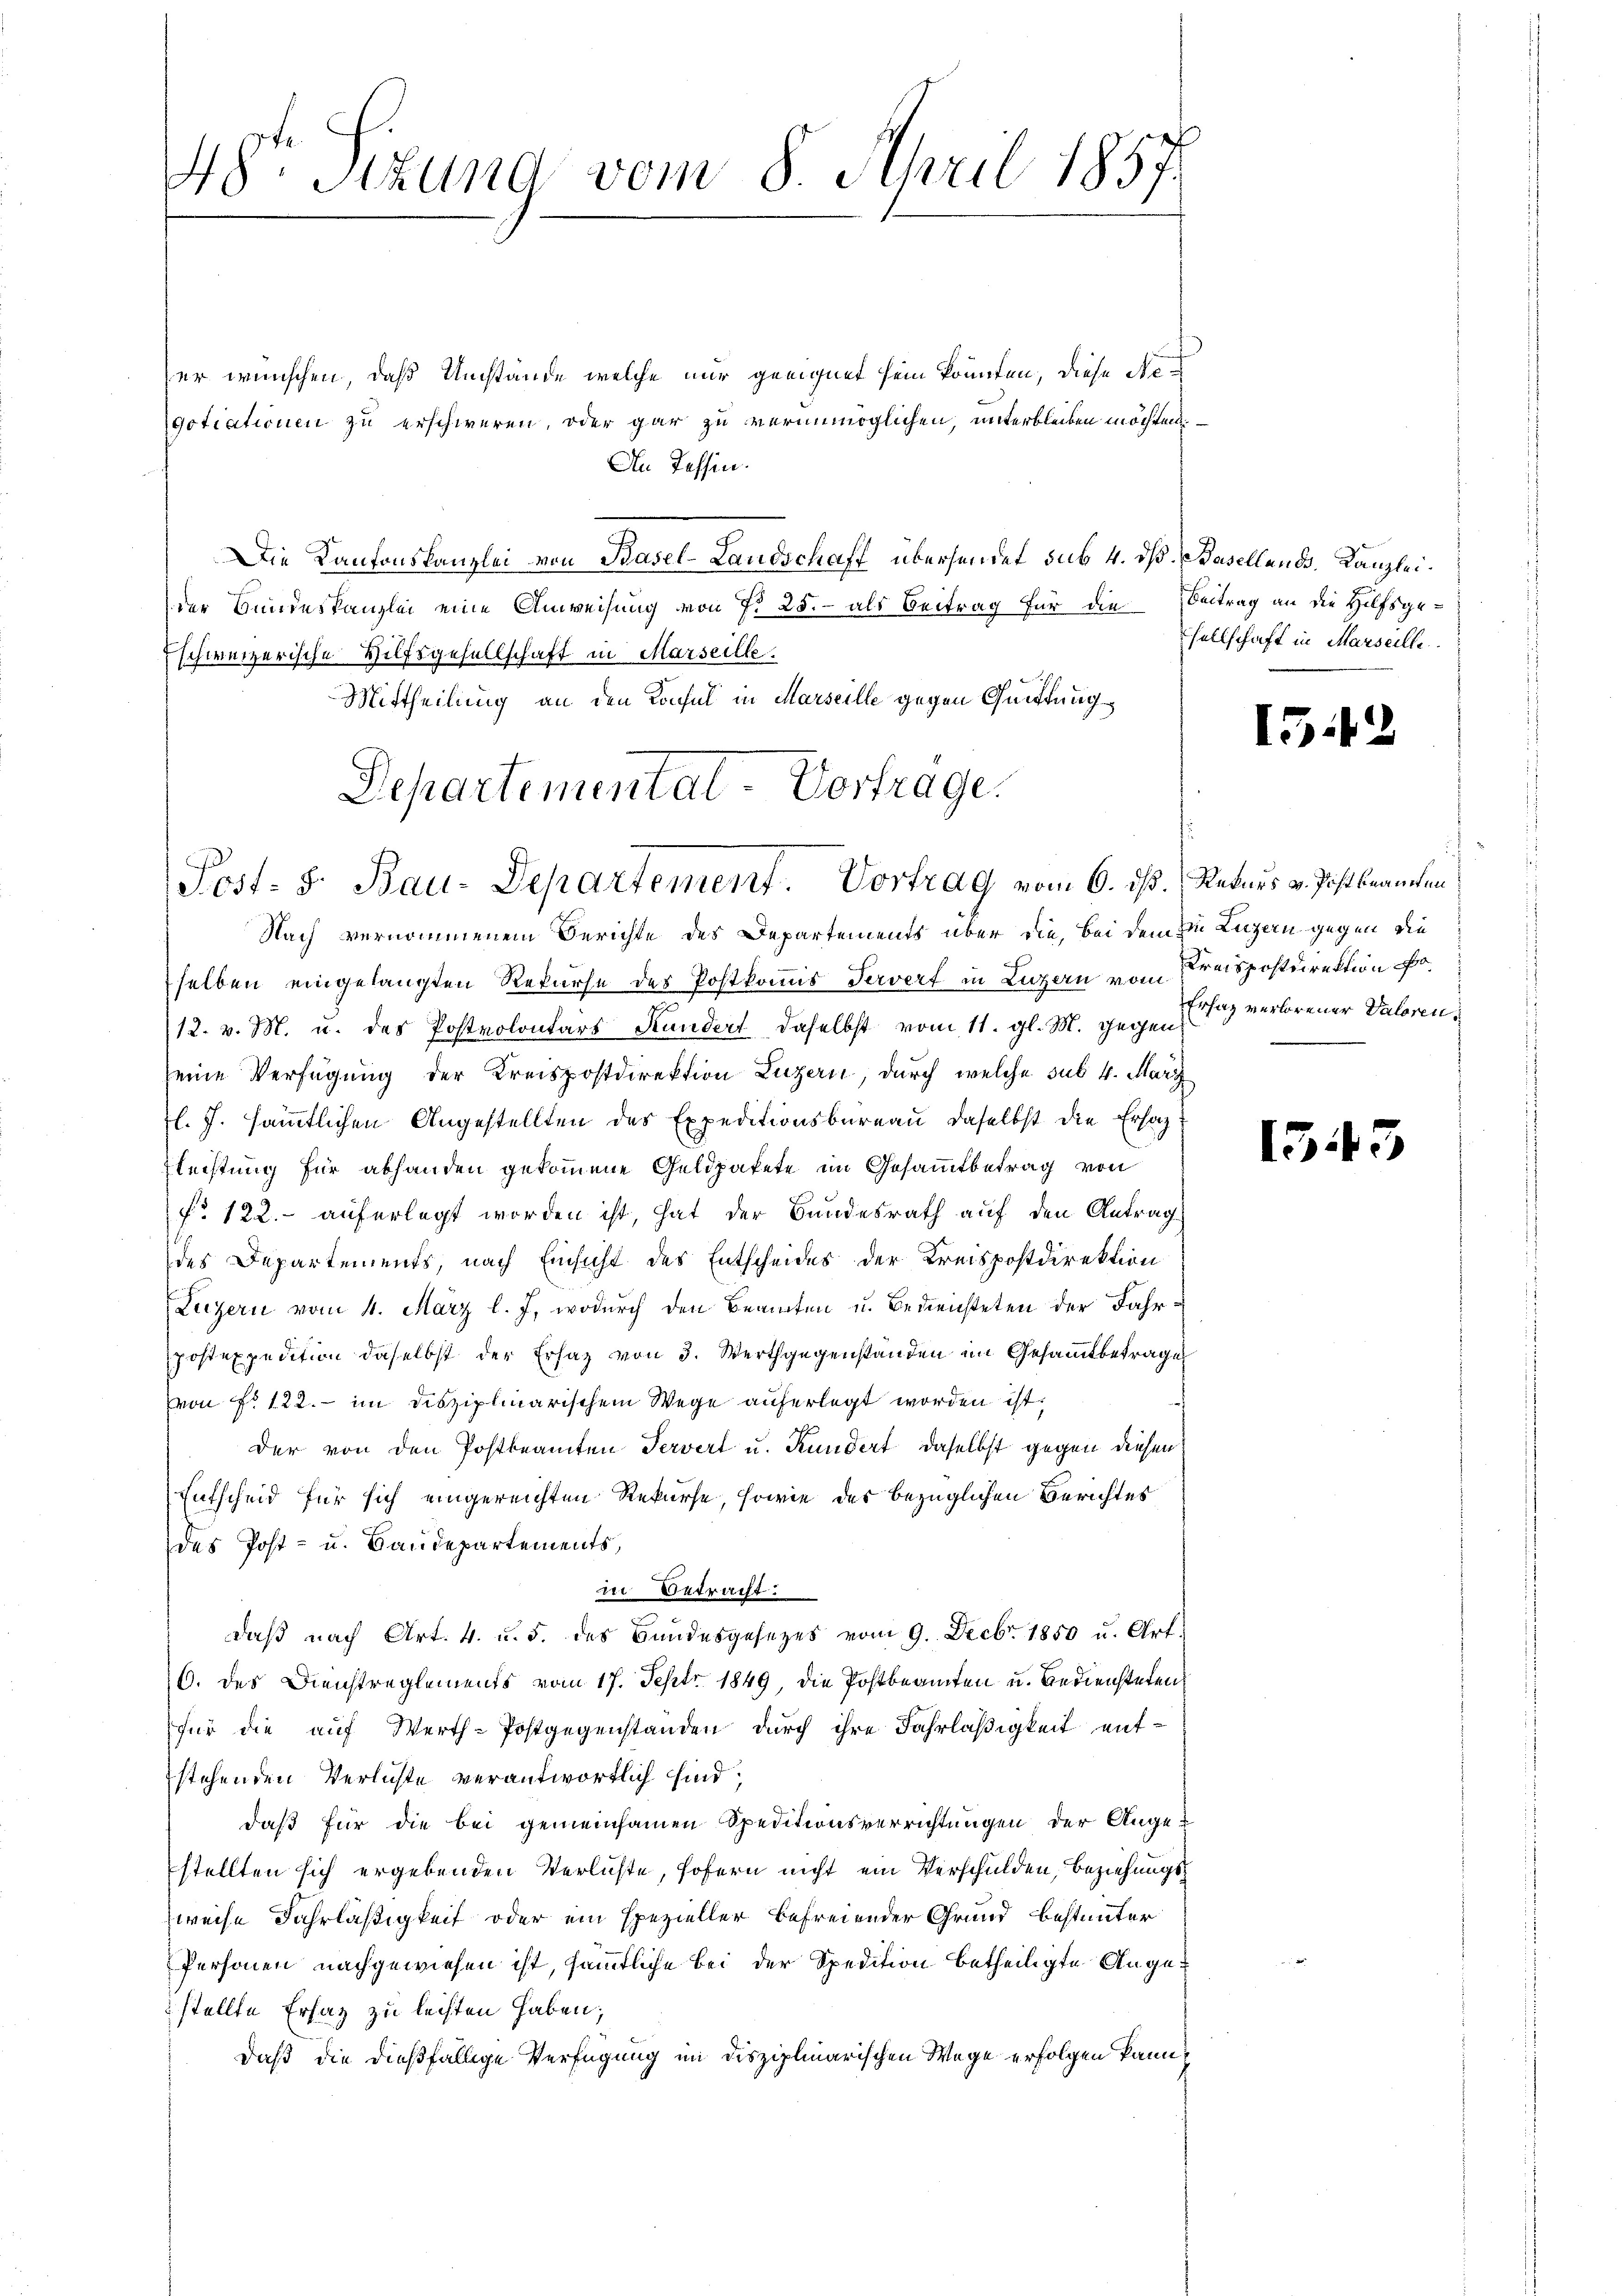
er wünschen, daß Umstände welche nur geeignet sein könnten, diese Negotiationen zu erschweren, oder gar zu verunmöglichen, unterbleiben möchten
An Tessen.
Die Kantonskanzlei von Basel-Landschaff übersendet sub 4. dß. Basellands-Kanzleider Bundeskanzlei eine Anweisung von 7. 25. - als Beitrag für die Beitrag an die Hilfsgeschweizerische Hilfsgesellschaft in Marseille.
Mittheilung an den Konsul in Marseille gegen Quitung
Departementat-Vertrage.

48. Sitzung vom 8. April 1857.

Post- 3. Bau-Departement. Vortrag vom 6. ds. Reders v. Postbeamten

Nach vernommenem Berichte des Departements über die, bei dem zu Luzern gegen die
selben eingelangten Rekurse des Postkommis Jerwerf in Luzern vom Preispostdirektion o
12. v. M. u. das Postvolontars Kundert, daselbst vom 11. gl. M. gegen
seine Verfügung der Kreispostdirektion Luzern, durch welche sub 4. März
l. J. sämmtlichen Angestellten des Expeditionsbureau daselbst die Ersat
Rechtung für abhanden gekommene Geldpakete im Gesammtbetrag von
No 122. auferlegt worden ist, hat der Bundesrath auf den Antrag
des Departements, nach Einsicht des Entscheides der Kreispostdirektion
Luzern vom 4. März l. J., wodurch den Beamten u. Bederichteten der Fahrpostexpedition daselbst der Ersatz von 3. Werthgegenständen im Gesammtbetrages
von fr. 122. - im disziplinarischem Wege auferlegt worden ist,
der von den Postbeamten Servirt u. Kundert, daselbst gegen diesen
Entscheid für sich eingereichten Rekurse, sowie der bezüglichen Berichtes
des Post- u. Baudepartements,
in Betracht:
daβ nach Art. 4. u. 5. des Bundesgesezes vom 9. Decbr. 1850 u. Art.
6. des Dienstreglements vom 17. Septr 1849, die Postbeamten u. Bediensteten
für die auf Werth-Postgegenstanden durch ihre Fahrläßigkeit entstehenden Verlichte verantwortlich sind,
daß für die bei gemeinsamen Speditionsverrichtungen der Angestellten sich ergebenden Verluste, sofern nicht ein Verschulden, Beziehungszweise Fahrläßigkeit oder ein spezieller befreiender Grund bestimmter
Personen nachgewiesen ist, sämmtliche bei der Spedition betheiligte Angestellte Ersaz zu leisten haben;
daß die dießfällige Verfügung in disziplinarischen Wege erfolgen kann,

sellschaft in Marseille.

1542

u
Erhag verlorener Valoren

1543